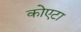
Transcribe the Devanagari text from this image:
कोएटा